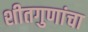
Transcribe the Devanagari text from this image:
शीतगुणांचा